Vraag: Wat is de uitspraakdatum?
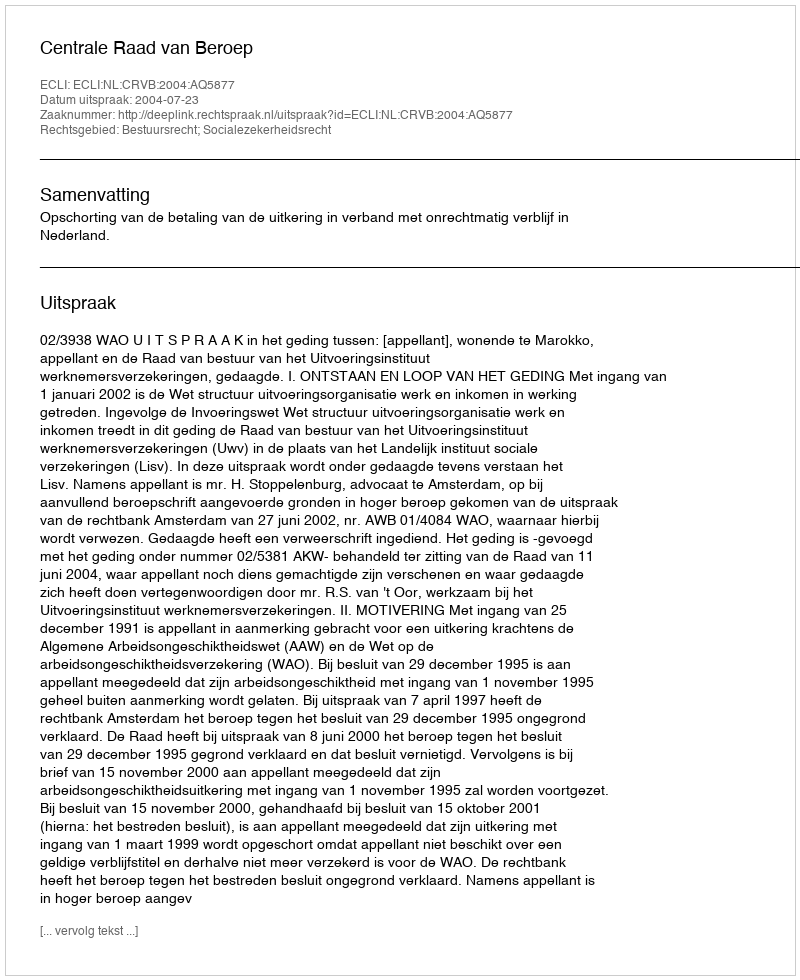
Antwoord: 2004-07-23